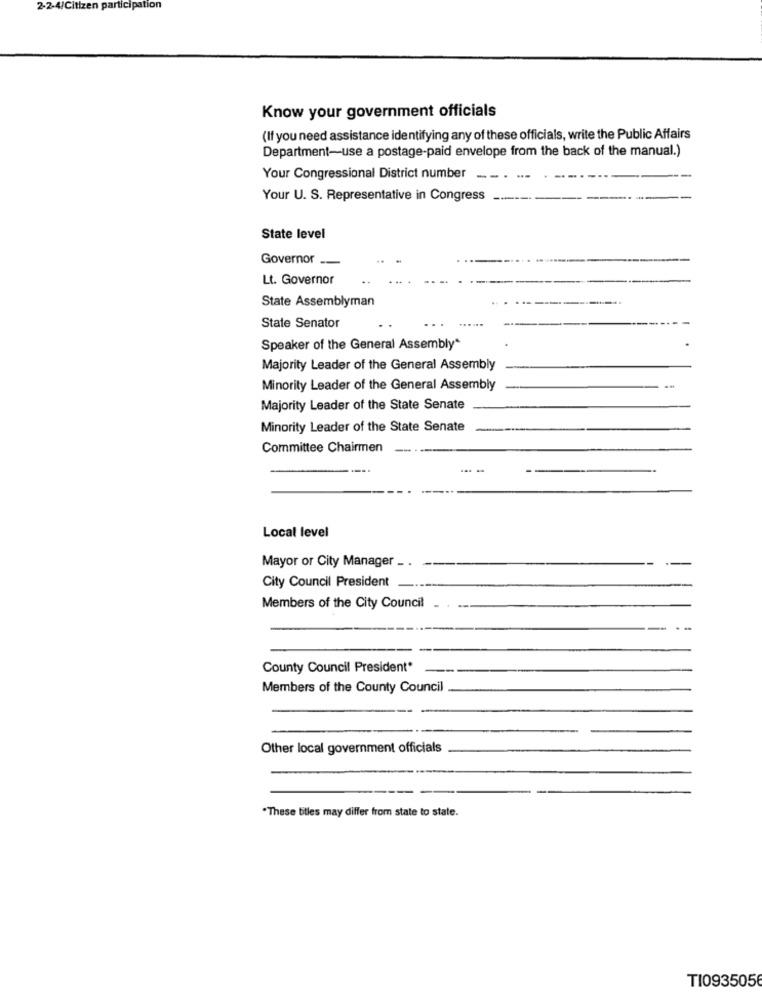
2-2-4/Citizen participation
Know your government officials
(If you need assistance identifying any of these officials, write the Public Affairs
Department-use a postage-paid envelope from the back of the manual.)
Your Congressional District number ...
Your U. S. Representative in Congress
---
State level
Governor __
Lt. Governor
State Assemblyman
State Senator
Speaker of the General Assembly*
Majority Leader of the General Assembly
Minority Leader of the General Assembly
Majority Leader of the State Senate
Minority Leader of the State Senate
Committee Chairmen
---.
-
Local level
Mayor or City Manager - .
City Council President
Members of the City Council
County Council President*
Members of the County Council
Other local government officials
.These titles may differ from state to state.
TI0935056